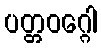
ပတ္တဝဂ္ဂေါ